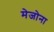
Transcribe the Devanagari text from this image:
मेजोना